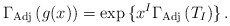
\begin{align*}\Gamma_{\rm Adj}\,(g(x))=\exp{\{x^{I}\Gamma_{\rm Adj}\,(T_{I})\}} \, .\end{align*}